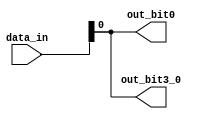
module bit_select_example (
    input [7:0] data_in,
    output reg out_bit0,
    output reg out_bit3_0
);

always @(*) begin
    // Assigning bit 0 of data_in to out_bit0
    out_bit0 = data_in[0];
    
    // Assigning bits 3 to 0 of data_in to out_bit3_0
    out_bit3_0 = data_in[3:0];
end

endmodule